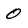
Character: 0